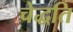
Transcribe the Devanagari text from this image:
चेद्धति